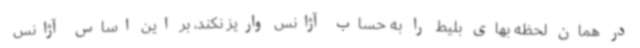
در همان لحظه بهای بلیط را به حساب آژانس واریز نکند، بر این اساس آژانس